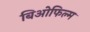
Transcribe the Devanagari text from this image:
बिओफिल्म